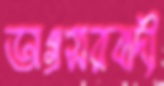
অগ্রসরবাদী